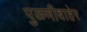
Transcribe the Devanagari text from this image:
पुळणीबाहेर